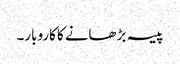
پیسہ بڑھانے کا کاروبار۔